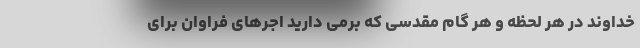
خداوند در هر لحظه و هر گام مقدسی که برمی دارید اجرهای فراوان برای